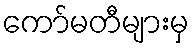
ကော်မတီများမှ